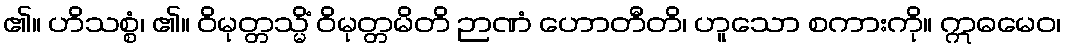
၏။ ဟိသစ္စံ၊ ၏။ ဝိမုတ္တသ္မိံ ဝိမုတ္တမိတိ ဉာဏံ ဟောတီတိ၊ ဟူသော စကားကို။ ဣဓမေဝ၊